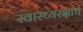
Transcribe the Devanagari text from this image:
स्वास्थ्यरक्षार्थ